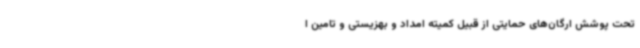
تحت پوشش ارگان‌های حمایتی از قبیل کمیته امداد و بهزیستی و تامین ا